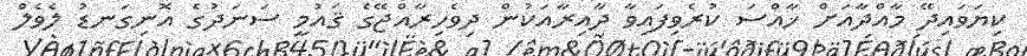
ކިޔަވައިދޭ މާއްދާއަށް ޚާއްސަ ކުރެވިފައިވާ ދާއިރާއަކުން ދިވެހިރާއްޖޭގެ ޤައުމީ ސަނަދުގެ އޮނިގަނޑު ލެވެލް